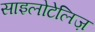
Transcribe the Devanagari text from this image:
साइलोटेलिज़